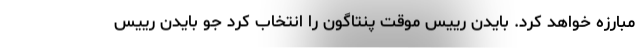
مبارزه خواهد کرد. بایدن رییس موقت پنتاگون را انتخاب کرد جو بایدن رییس